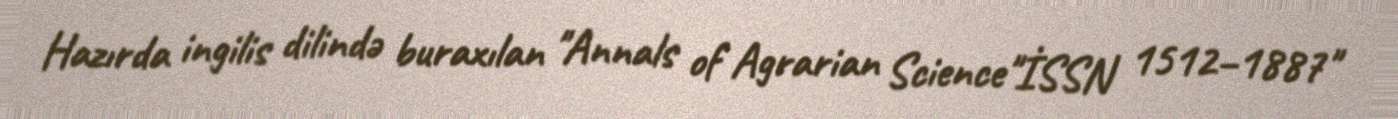
Hazırda ingilis dilində buraxılan "Annals of Agrarian Science"İSSN 1512–1887"